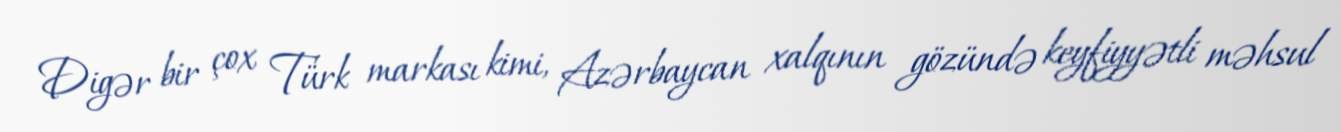
Digər bir çox Türk markası kimi, Azərbaycan xalqının gözündə keyfiyyətli məhsul